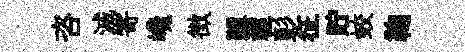
咨滅寄巉徴隳輕彭征貯蛟鞠